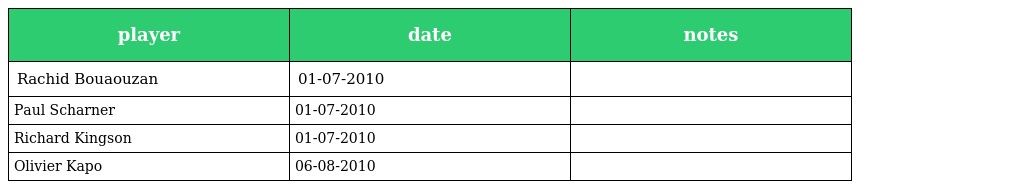
| player | date | notes |
 | --- | --- | --- |
 | Rachid Bouaouzan | 01-07-2010 |  |
 | Paul Scharner | 01-07-2010 |  |
 | Richard Kingson | 01-07-2010 |  |
 | Olivier Kapo | 06-08-2010 |  |